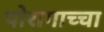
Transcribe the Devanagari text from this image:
पोरागाच्चा